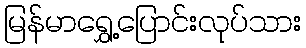
မြန်မာရွှေ့ပြောင်းလုပ်သား